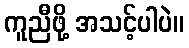
ကူညီဖို့ အသင့်ပါပဲ။